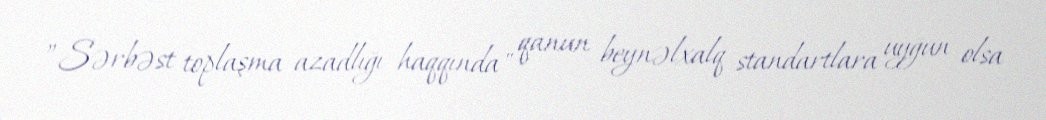
”Sərbəst toplaşma azadlığı haqqında" qanun beynəlxalq standartlara uyğun olsa